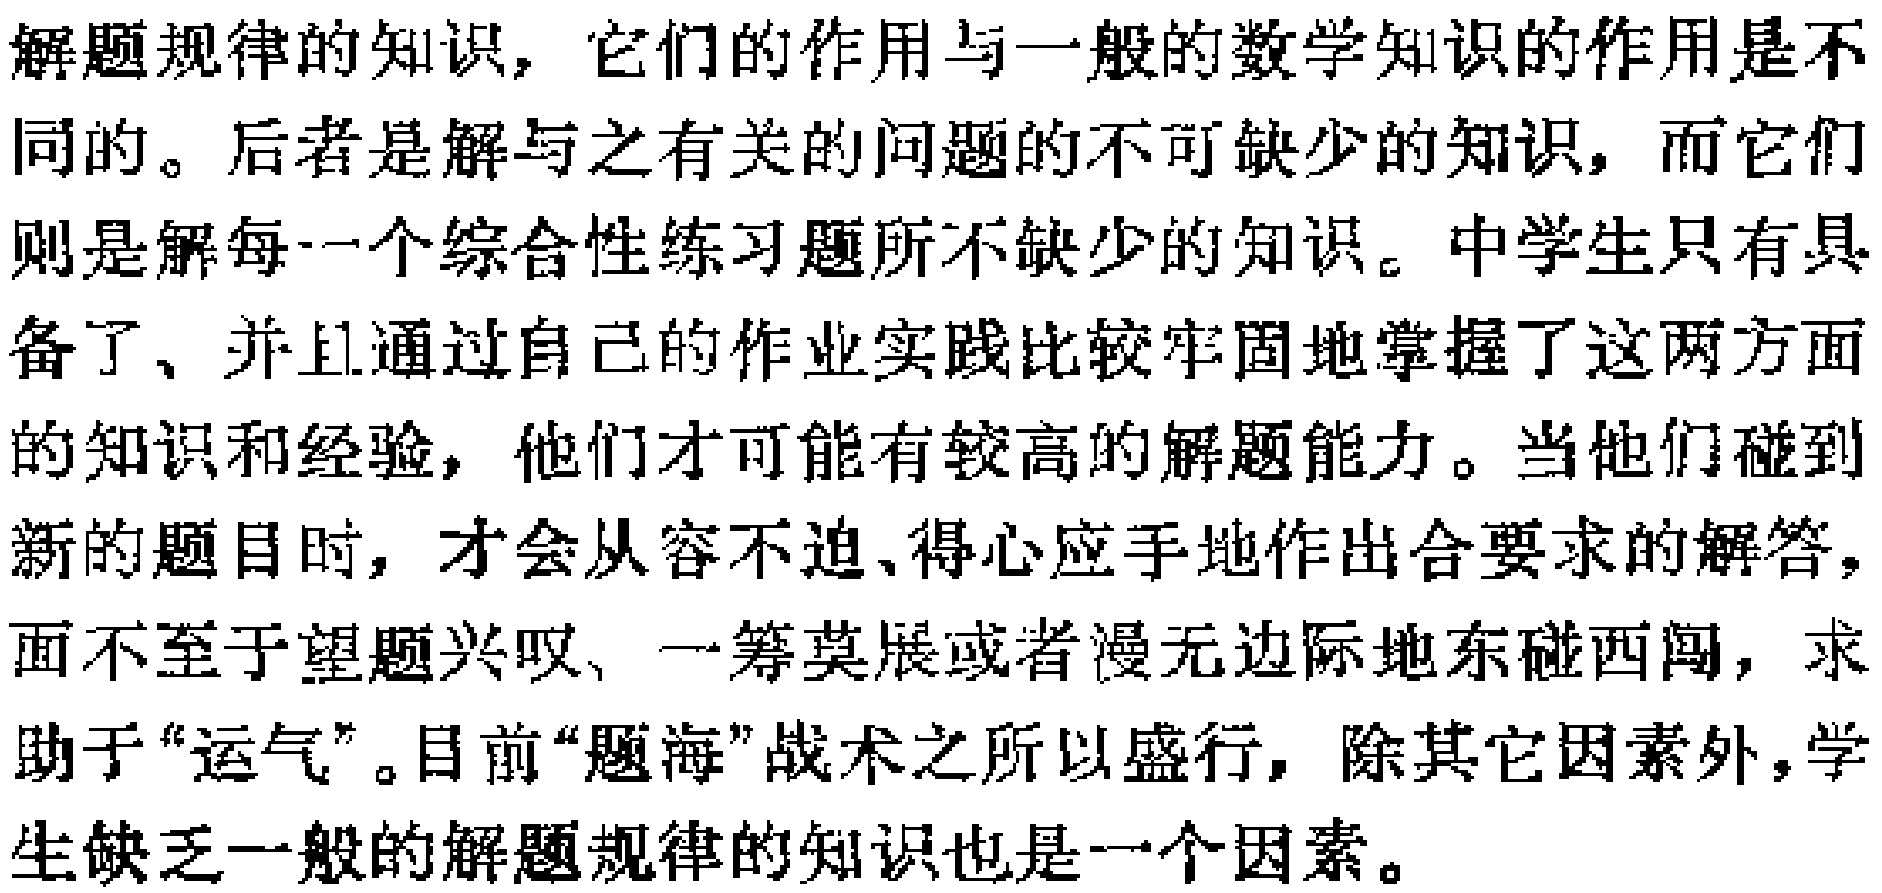
解题规律的知识，它们的作用与一般的数学知识的作用是不同的。后者是解与之有关的问题的不可缺少的知识，而它们则是解每一个综合性练习题所不缺少的知识。中学生只有具备了、并且通过自己的作业实践比较牢固地掌握了这两方面的知识和经验，他们才可能有较高的解题能力。当他们碰到新的题目时，才会从容不迫、得心应手地作出合要求的解答，而不至于望题兴叹、一筹莫展或者漫无边际地东碰西闯，求助于“运气”。目前“题海”战术之所以盛行，除其它因素外，学生缺乏一般的解题规律的知识也是一个因素。